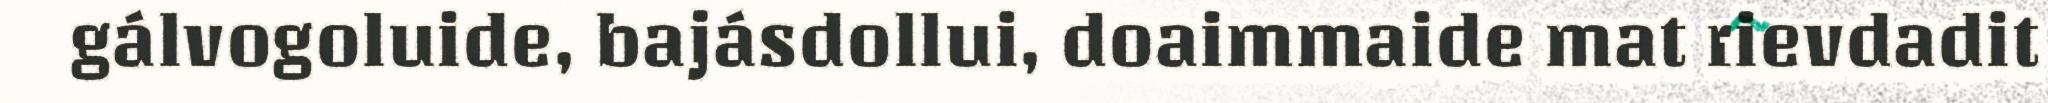
gálvogoluide, bajásdollui, doaimmaide mat rievdadit